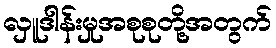
လှူဒါန်းမှုအစုစုတို့အတွက်